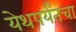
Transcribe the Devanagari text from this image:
येथपर्यंतचा